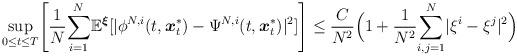
LaTeX: \begin{align*}\underset{0\leq t\leq T}{\sup}\Bigg[\frac{1}{N}\underset{i=1}{\overset{N}{\sum}}\mathbb{E}^{\boldsymbol{\xi}}[|\phi^{N,i}(t,\boldsymbol{x}^*_t) -\Psi^{N,i}(t,\boldsymbol{x}^*_t)|^2] \Bigg]\leq \frac{C}{N^2}\Big(1+\frac{1}{N^2}\underset{i,j=1}{\overset{N}{\sum}}|\xi^{i}-\xi^{j}|^2\Big)\end{align*}